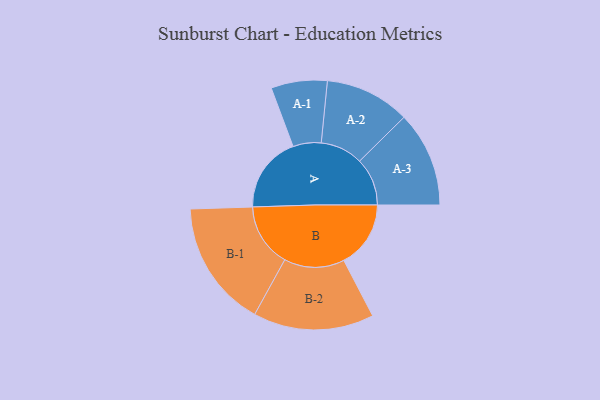
{"axis": {"x": "Segment", "y": "Value"}, "legend": ["", "A", "B"], "data": [{"x": "A", "y": 291, "type": ""}, {"x": "B", "y": 255, "type": ""}, {"x": "A-1", "y": 107, "type": "A"}, {"x": "A-2", "y": 162, "type": "A"}, {"x": "A-3", "y": 182, "type": "A"}, {"x": "B-1", "y": 242, "type": "B"}, {"x": "B-2", "y": 230, "type": "B"}]}